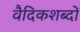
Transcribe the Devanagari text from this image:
वैदिकशब्दों